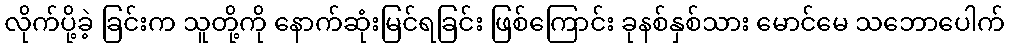
လိုက်ပို့ခဲ့ ခြင်းက သူတို့ကို နောက်ဆုံးမြင်ရခြင်း ဖြစ်ကြောင်း ခုနစ်နှစ်သား မောင်မေ သဘောပေါက်